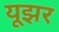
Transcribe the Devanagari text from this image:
यूझर